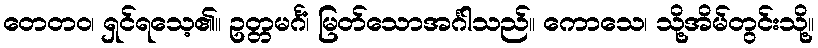
တေတဝ၊ ရှင်ရသေ့၏။ ဥတ္တမင်္ဂံ၊ မြတ်သောအင်္ဂါသည်။ ကောသေ၊ သို့အိမ်တွင်းသို့။